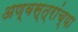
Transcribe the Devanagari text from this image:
अण्वस्त्रांच्या